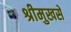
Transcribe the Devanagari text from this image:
श्रीमुखसे